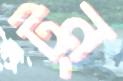
টন্‌